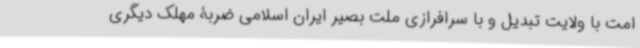
امت با ولایت تبدیل و با سرافرازی ملت بصیر ایران اسلامی ضربۀ مهلک دیگری